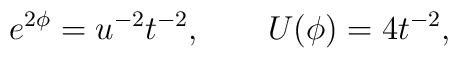
e^{2\phi}=u^{-2} t^{-2}, \qquad U(\phi)=4 t^{-2},